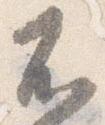
不